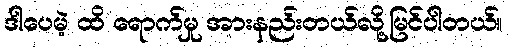
ဒါပေမဲ့ ထိ ရောက်မှု အားနည်းတယ်လို့မြင်ပါတယ်။